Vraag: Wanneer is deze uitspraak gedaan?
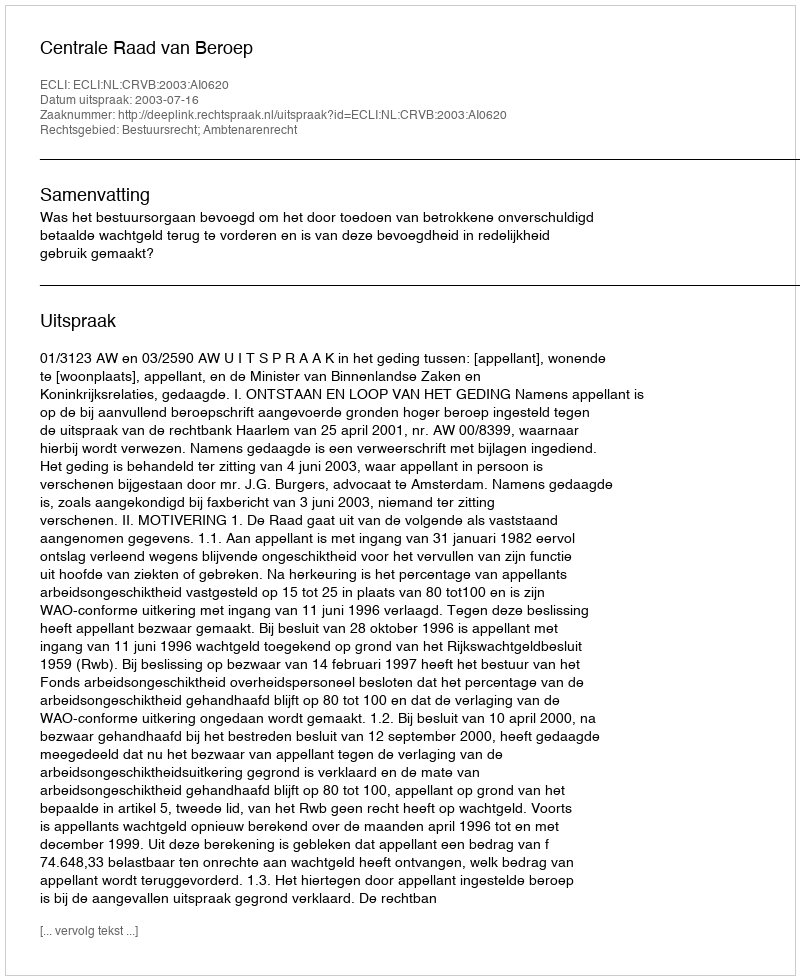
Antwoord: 2003-07-16